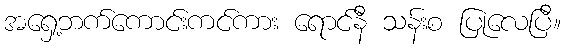
အရှေ့ဘက်ကောင်းကင်ကား ရောင်နီ သန်းစ ပြုလေပြီ။